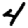
Digit: 4